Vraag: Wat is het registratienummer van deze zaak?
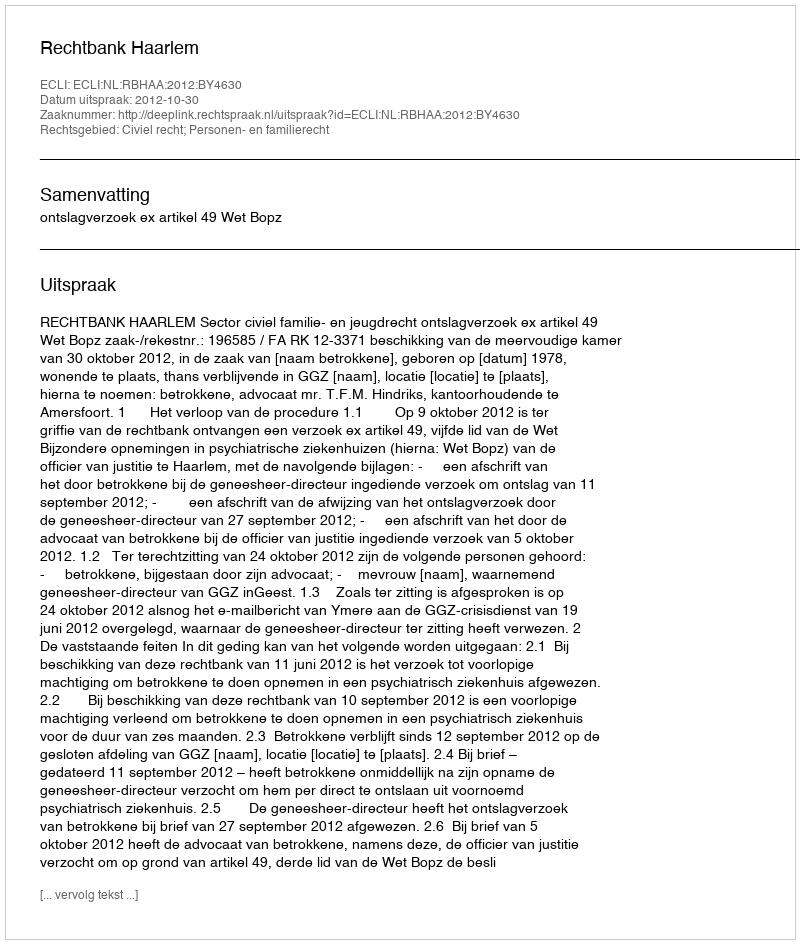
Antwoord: http://deeplink.rechtspraak.nl/uitspraak?id=ECLI:NL:RBHAA:2012:BY4630